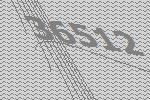
36512